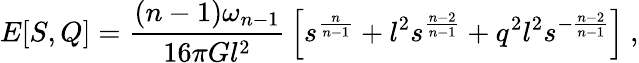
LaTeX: E[S,Q]={\frac{(n-1)\omega_{n-1}}{16\pi Gl^{2}}}\left[s^{\frac{n}{n-1}}+l^{2}s^{\frac{n-2}{n-1}}+q^{2}l^{2}s^{-{\frac{n-2}{n-1}}}\right]\ ,